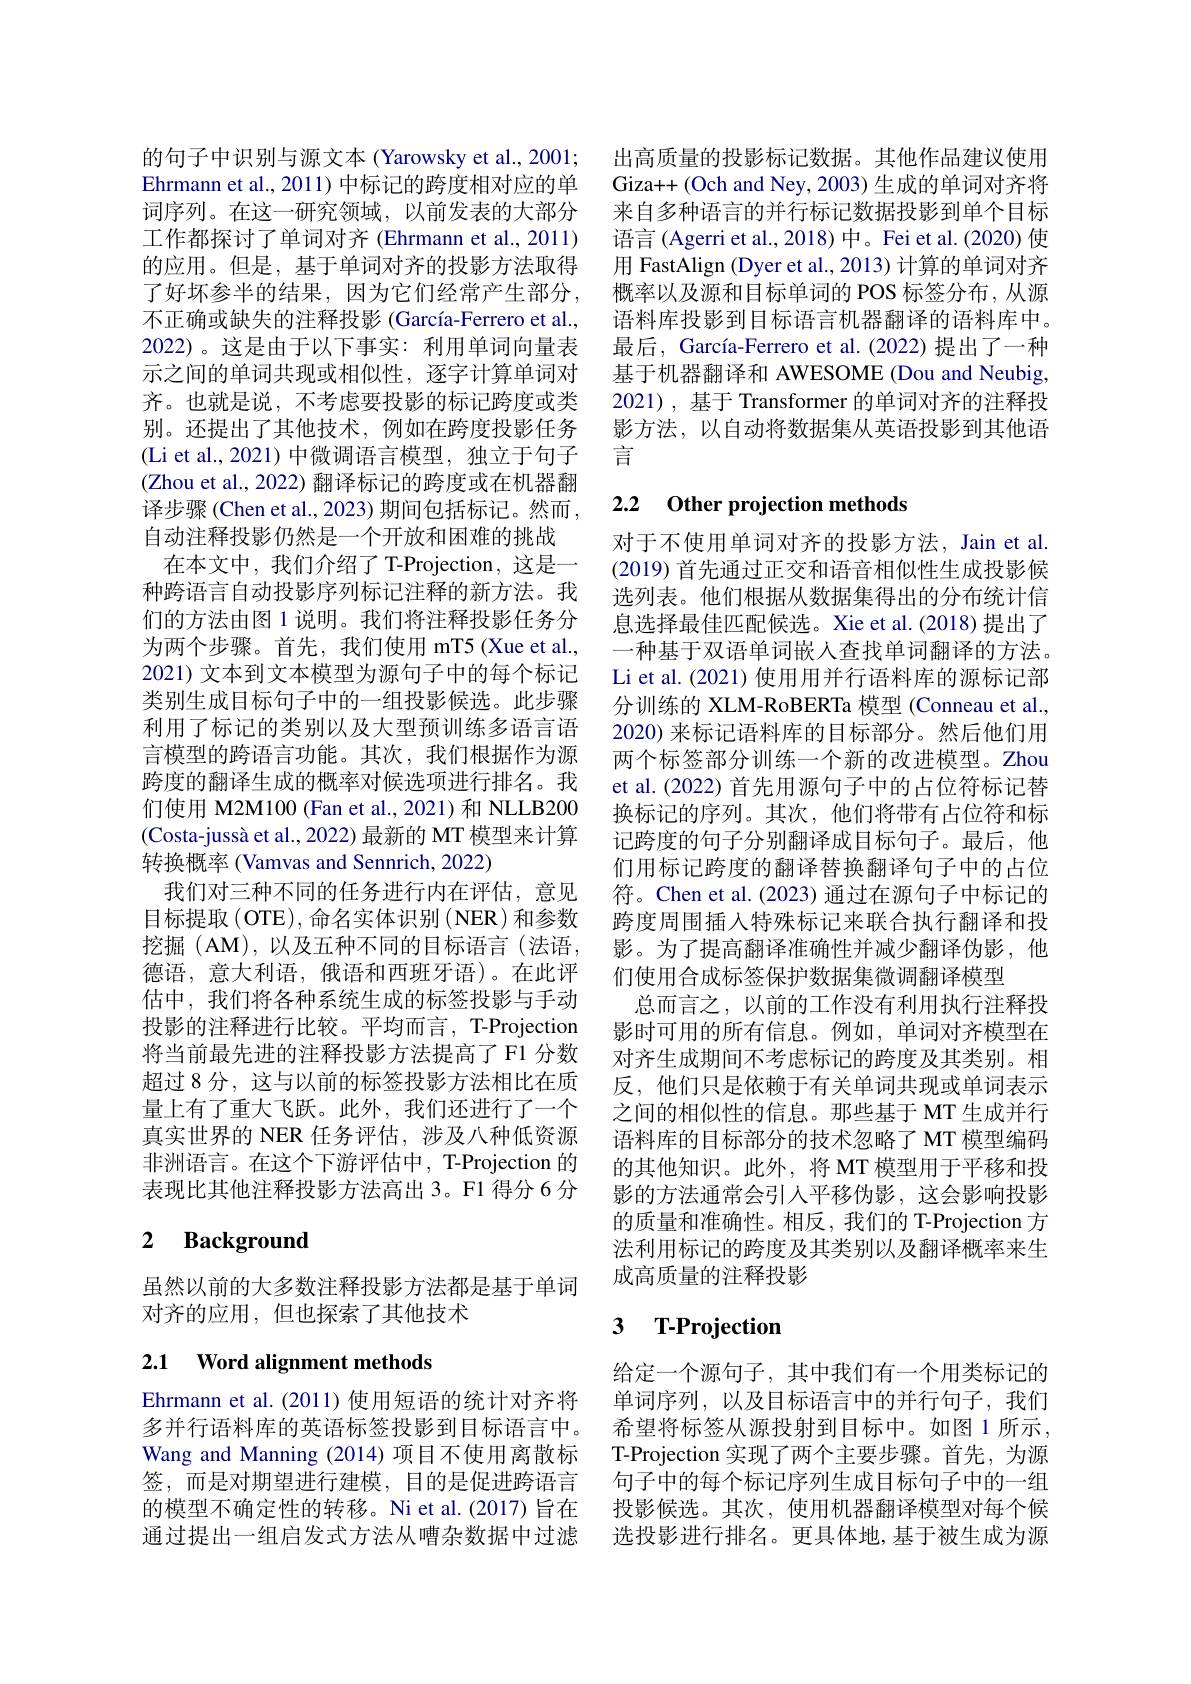
的句子中识别与源文本 (Yarowsky et al., 2001; Ehrmann et al., 2011) 中标记的跨度相对应的单词序列。在这一研究领域，以前发表的大部分工作都探讨了单词对齐 (Ehrmann et al., 2011) 的应用。但是，基于单词对齐的投影方法取得了好坏参半的结果，因为它们经常产生部分， 不正确或缺失的注释投影 (García-Ferrero et al., 2022)。这是由于以下事实：利用单词向量表示之间的单词共现或相似性，逐字计算单词对齐。也就是说，不考虑要投影的标记跨度或类别。还提出了其他技术，例如在跨度投影任务(Li et al.,2021)中微调语言模型，独立于句子(Zhou et al., 2022) 翻译标记的跨度或在机器翻译步骤(Chen et al., 2023) 期间包括标记。然而， 自动注释投影仍然是一个开放和困难的挑战
在本文中，我们介绍了 T-Projection, 这是一种跨语言自动投影序列标记注释的新方法。我们的方法由图 1 说明。我们将注释投影任务分为两个步骤。首先，我们使用 mT5 (Xue et al., 2021) 文本到文本模型为源句子中的每个标记类别生成目标句子中的一组投影候选。此步骤利用了标记的类别以及大型预训练多语言语言模型的跨语言功能。其次，我们根据作为源跨度的翻译生成的概率对候选项进行排名。我们使用 M2M100 (Fan et al., 2021)和 NLLB200 (Costa-jussà et al., 2022) 最新的 MT 模型来计算转换概率 (Vamvas and Sennrich, 2022)
我们对三种不同的任务进行内在评估，意见目标提取 (OTE), 命名实体识别 (NER) 和参数挖掘(AM),以及五种不同的目标语言(法语， 德语，意大利语，俄语和西班牙语)。在此评估中，我们将各种系统生成的标签投影与手动投影的注释进行比较。平均而言，T-Projection 将当前最先进的注释投影方法提高了 F1 分数超过 8 分，这与以前的标签投影方法相比在质量上有了重大飞跃。此外，我们还进行了一个真实世界的 NER 任务评估，涉及八种低资源非洲语言。在这个下游评估中，T-Projection 的表现比其他注释投影方法高出 3。F1 得分 6 分

## 2 $\textbf{Background}$

虽然以前的大多数注释投影方法都是基于单词
对齐的应用，但也探索了其他技术

## 2.1 Word alignment methods

Ehrmann et al.(2011) 使用短语的统计对齐将多并行语料库的英语标签投影到目标语言中。通过提出一组启发式方法从嘈杂数据中过滤

出高质量的投影标记数据。其他作品建议使用Giza++ (Och and Ney, 2003) 生成的单词对齐将来自多种语言的并行标记数据投影到单个目标语言(Agerri et al., 2018) 中。Fei et al.(2020) 使用 FastAlign (Dyer et al., 2013) 计算的单词对齐概率以及源和目标单词的 POS 标签分布，从源语料库投影到目标语言机器翻译的语料库中。最后，García-Ferrero et al.(2022) 提出了一种基于机器翻译和 AWESOME (Dou and Neubig, 2021), 基于 Transformer 的单词对齐的注释投影方法，以自动将数据集从英语投影到其他语言

## 2.2 Other projection methods

对于不使用单词对齐的投影方法，Jain et al. (2019)首先通过正交和语音相似性生成投影候选列表。他们根据从数据集得出的分布统计信息选择最佳匹配候选。Xie et al.(2018)提出了一种基于双语单词嵌人查找单词翻译的方法。Li et al. (2021) 使用用并行语料库的源标记部分训练的 XLM-RoBERTa 模型 (Conneau et al., 2020) 来标记语料库的目标部分。然后他们用两个标签部分训练一个新的改进模型。Zhou et al.(2022) 首先用源句子中的占位符标记替换标记的序列。其次，他们将带有占位符和标记跨度的句子分别翻译成目标句子。最后，他们用标记跨度的翻译替换翻译句子中的占位符。Chen et al.(2023) 通过在源句子中标记的跨度周围插入特殊标记来联合执行翻译和投影。为了提高翻译准确性并减少翻译伪影，他们使用合成标签保护数据集微调翻译模型
总而言之，以前的工作没有利用执行注释投影时可用的所有信息。例如，单词对齐模型在对齐生成期间不考虑标记的跨度及其类别。相反，他们只是依赖于有关单词共现或单词表示之间的相似性的信息。那些基于 MT 生成并行语料库的目标部分的技术忽略了 MT 模型编码的其他知识。此外，将 MT 模型用于平移和投影的方法通常会引人平移伪影，这会影响投影的质量和准确性。相反，我们的 T-Projection 方法利用标记的跨度及其类别以及翻译概率来生成高质量的注释投影

# 3 T-Projection

给定一个源句子，其中我们有一个用类标记的单词序列，以及目标语言中的并行句子，我们希望将标签从源投射到目标中。如图 1 所示，
Wang and Manning (2014) 项目不使用离散标 T-Projection 实现了两个主要步骤。首先，为源签，而是对期望进行建模，目的是促进跨语言 句子中的每个标记序列生成目标句子中的一组的模型不确定性的转移。Ni et al.(2017)旨在 投影候选。其次，使用机器翻译模型对每个候
选投影进行排名。更具体地，基于被生成为源